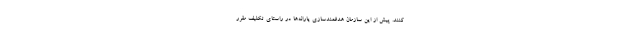
کنند. پیش از این سازمان هدفمندسازی یارانه‌ها در راستای تکلیف مقرر